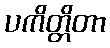
ပကိတ္တိတာ